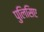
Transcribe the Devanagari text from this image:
पुलिसिए